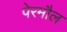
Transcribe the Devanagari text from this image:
पेरमौल